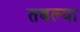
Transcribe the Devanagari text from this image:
तबल्या